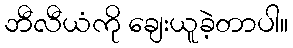
ဘီလီယံကို ချေးယူခဲ့တာပါ။